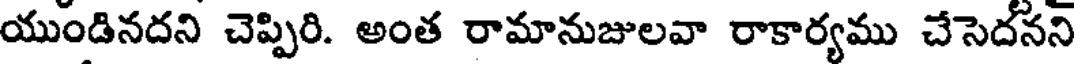
యుండినదని చెప్పిరి. అంత రామానుజులవా రాకార్యము చేసెదనని